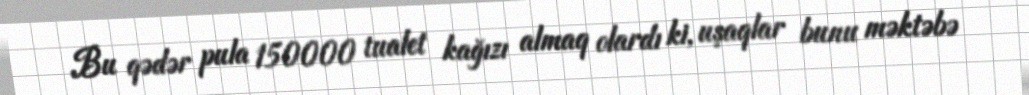
Bu qədər pula 150000 tualet kağızı almaq olardı ki, uşaqlar bunu məktəbə